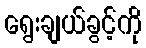
ရွေးချယ်ခွင့်ကို